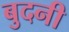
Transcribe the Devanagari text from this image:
बुदनी